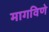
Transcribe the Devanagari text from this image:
मागविणे